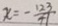
x = - \frac { 1 2 3 } { 4 1 }